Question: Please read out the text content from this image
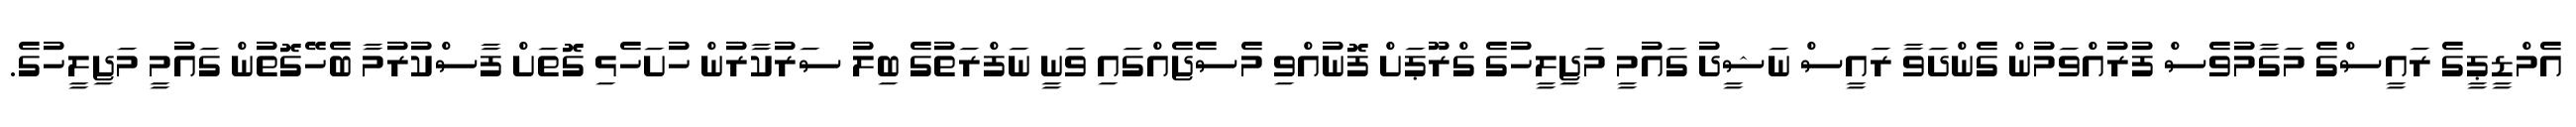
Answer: އެމްޑީޕީގެ ރައީސްގެ މަގާމުވެސް ފުރުއްވަމުން ގެންދަވާ ރައީސް ނަޝީދު ގައުމީ މަޖިލީހުގެ ގްރޫޕަށް ފޮނުއްވި މެސެޖެއްގައި ވަނީ ނަފްރަތުގެ ބިލު ސަރުކާރުން ހުށަހެޅި ގޮތަށް ފާސްކުރުމާ ބެހޭގޮތުން ގައުމީ މަޖިލީހުގެ.